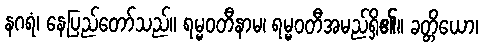
နဂရံ၊ နေပြည်တော်သည်။ ရမ္မဝတီနာမ၊ ရမ္မဝတီအမည်ရှိ၏။ ခတ္တိယော၊